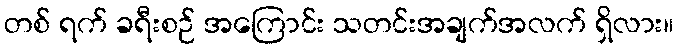
တစ် ရက် ခရီးစဉ် အကြောင်း သတင်းအချက်အလက် ရှိလား။